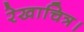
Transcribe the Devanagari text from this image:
रेखाचित्र।